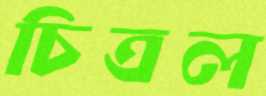
চিত্রল